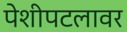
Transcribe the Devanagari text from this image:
पेशीपटलावर